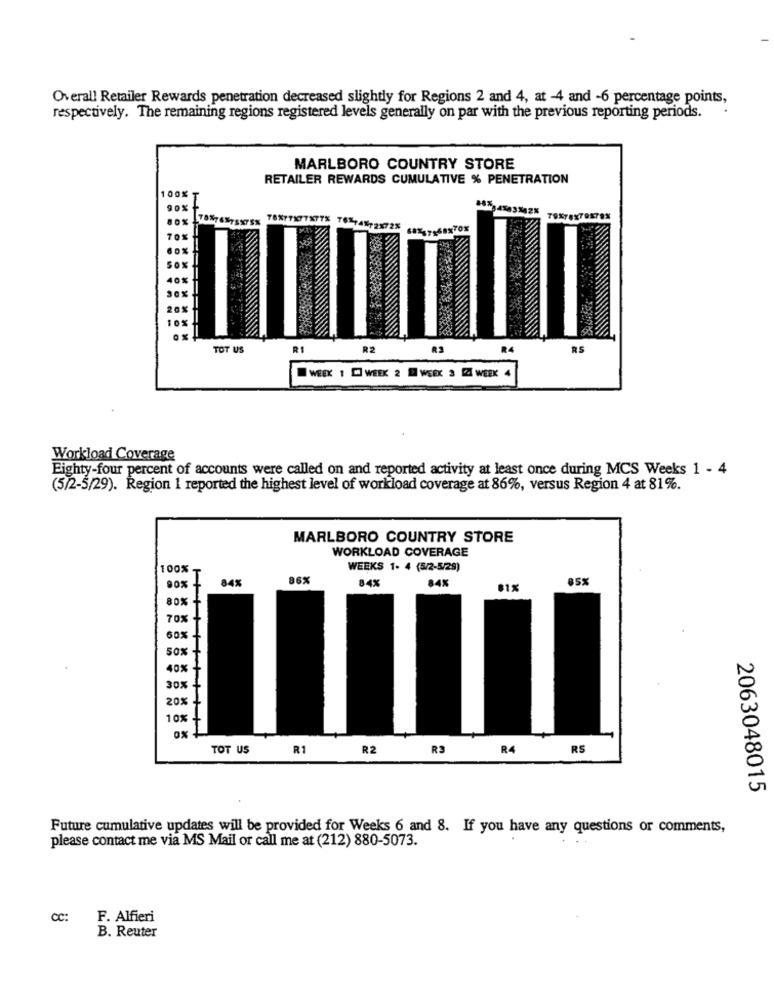
Overall Retailer Rewards penetration decreased slightly for Regions 2 and 4, at -4 and -6 percentage points,
respectively. The remaining regions registered levels generally on par with the previous reporting periods.
MARLBORO COUNTRY STORE
RETAILER REWARDS CUMULATIVE % PENETRATION
SEXTOX
SOX
30%
10%
TOT US
RI
R2
R3
WEEK 1 [] WEEK 2 E WEEK 3 Z WEEK 4
Workload Coverage
Eighty-four percent of accounts were called on and reported activity at least once during MCS Weeks 1 - 4
(5/2-5/29). Region 1 reported the highest level of workload coverage at 86%, versus Region 4 at 81%.
MARLBORO COUNTRY STORE
WORKLOAD COVERAGE
100%
WEEKS 1- 4 (5/2-5/29)
84%
96%
84%
84%
85%
90% -
81%
80%+
70%-
60%
SO
40%
30%+
20%
10%
TOT US
R1
R2
R3
R4
RS
2063048015
Future cumulative updates will be provided for Weeks 6 and 8. If you have any questions or comments,
please contact me via MS Mail or call me at (212) 880-5073.
CC:
F. Alfieri
B. Reuter